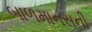
બાળમાનસની